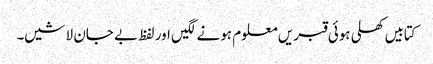
کتابیں کھلی ہوئی قبریں معلوم ہونے لگیں اور لفظ بے جان لاشیں۔